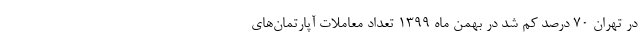
در تهران ۷۰ درصد کم شد در بهمن ماه 1399 تعداد معاملات آپارتمان‌های